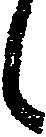
候